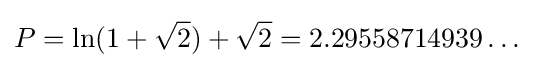
P=\ln(1+{\sqrt {2}})+{\sqrt {2}}=2.29558714939\dots